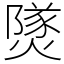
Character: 𤎩